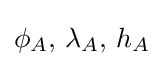
\phi _{A},\,\lambda _{A},\,h_{A}